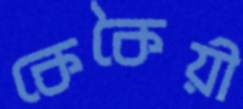
কেকৈয়ী